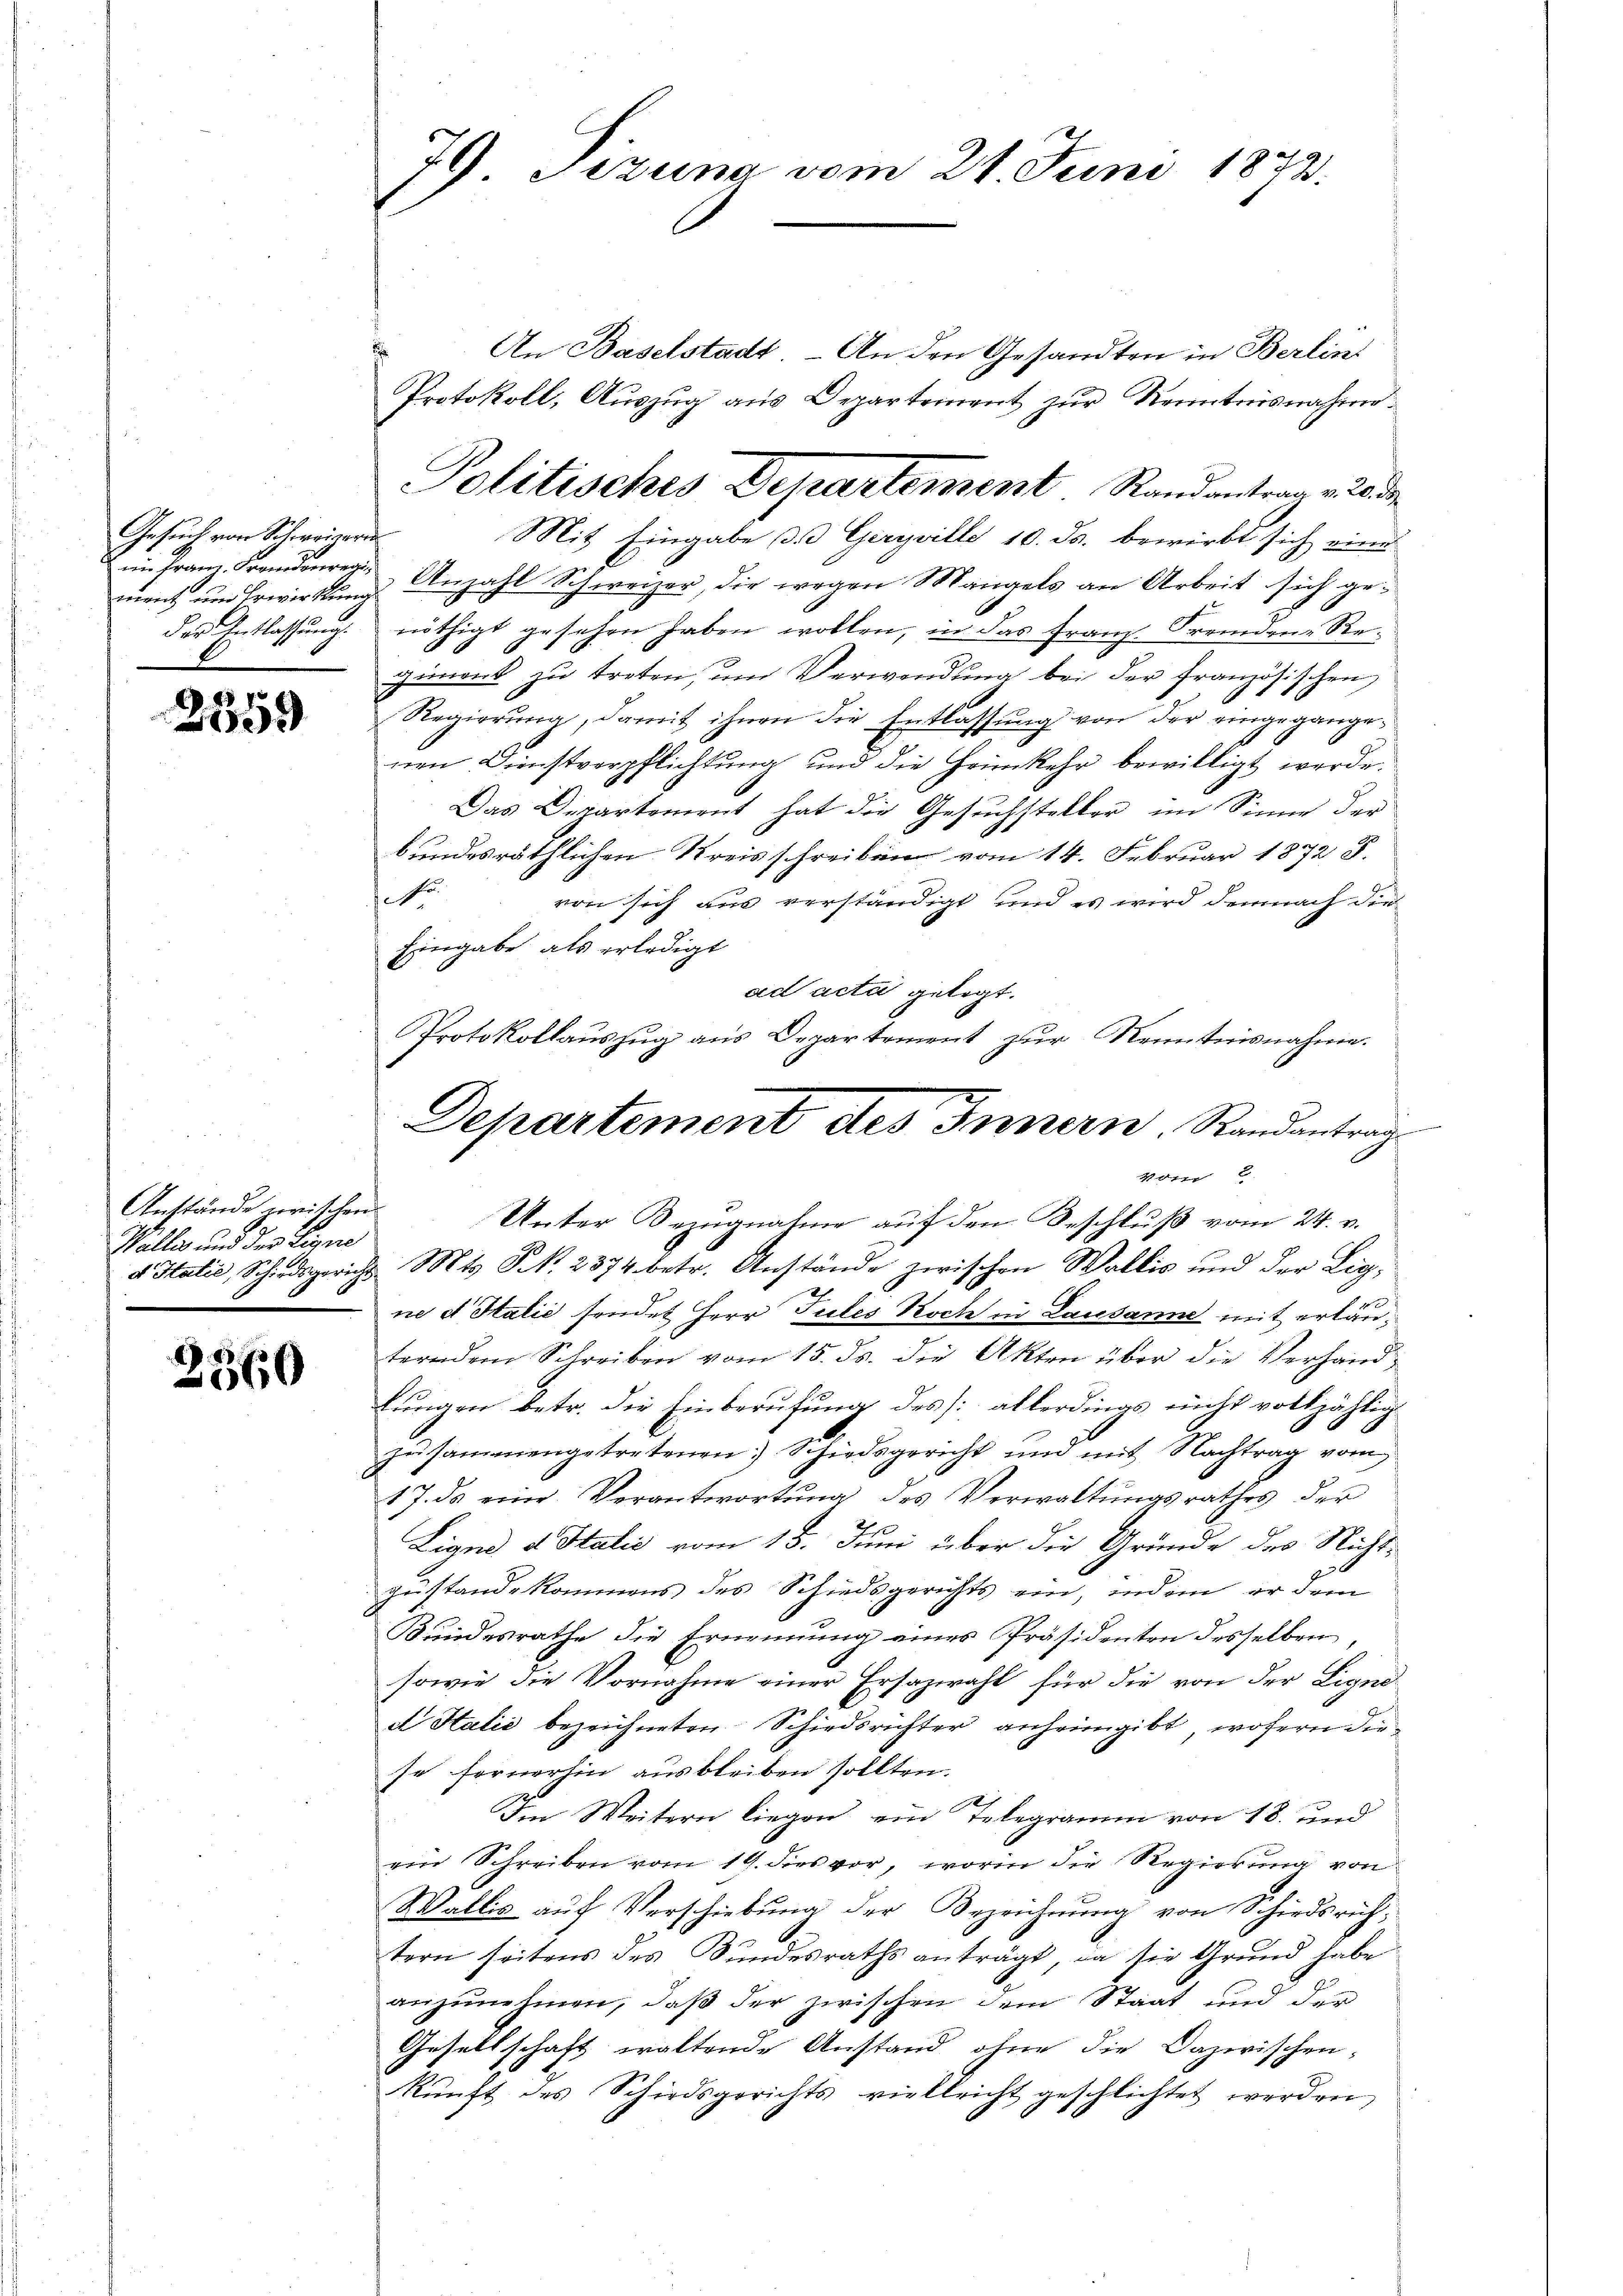
Gesuch von Schweizern
im Franz Fremdenregi
ment und Erwirkung
der Entlassung.

2559

Anstände zwischen
Wallis und der Eigne
d Italić, Schiedsgericht

2)
2060

79 Pizuna vom 21. Juni 1873.

An Baselstadt - An den Gesandten in Berlin
Anzahl Schweizer, die wegen Mangels an Arbeit sich genöthigt gesehen haben wollen, in das Franz. Fremden-Regiment zu treten, um Verwendung bei der Französischen
Regierung, damit ihnen die Entlassung von der eingegangenen Dinstverpflichtung und die Heimkehr bewilligt werde.
Das Departement hat die Gesuchsteller im Sinne der
bundesräthlichen Kreisschreiben vom 14. Februar 1872 S.
Fr
von sich aus verständigt und es wird demnach die
Eingabe als erledigt
ad acti gelegt.
ne et Halić sendet Herr Tutes Koch in Lausanne mit erläuterndem Schreiben vom 15. ds. die Akten über die Verhandlungen betr. die Einberufung des allerdings nicht vollzählig
zusammengetretenen Schiedsgericht und mit Nachtrag vom
17. ds eine Verantwortŭng des Verwaltŭngsrathes der
7
Ligno d. Halić vom 13. Juni über die Grunde des Nichtgestande kommens des Schiedsgerichts ein, indem er dem
Kundesrathe die Ernennung eines Präsidenten desselben,
sowie die Vornahme einer Ersazwahl für die von der Eigned Halić bezeichneten Schiedsrichter anheimgibt, wofern die
se fernerhin ausbleiben sollten.
Im Weitern liegen, ein Telegramm von 18. und
ein Schreiben vom 19. dies vor, worin die Regierung von
Wallis auf Verschiebung der Bezeichnung von Schiedsrichtern seitens des Sundesraths anträgt, da sie Grund habe
anzunehmen, daß der zwischen dem Staat und der
Gesellschaft waltende Anstand ohne die Dazwischen-
kŭnft des Schiedsgerichts vielleicht geschlichtet werden,

Protokoll, Auszug aus Departement zur Kenntnisnahme
Politisches Departement Randantrag v. 20 de
Mit Eingabe d. 3 Geryville 10. ds. bewirkt sich eine

Protokollauszug aus Departement zur Kenntnisnahme.
Departement des Innern Randantrag
pr 2
Unter Bezugnahme auf den Beschluß vom 24. v.
Mts. S. 2374 betr. Anstände zwischen Wallis und der Lig¬